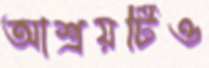
আশ্রয়টিও